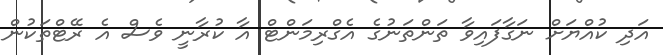
އަދި ކުއްޔަށް ނަގާފައިވާ ތަންތަނުގެ އެގްރިމަންޓް އާ ކުރާނީ ވެސް އެ ރޭޓްތަކުން